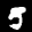
Label: 5